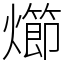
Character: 㸅